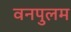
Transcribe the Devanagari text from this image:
वनपुलम